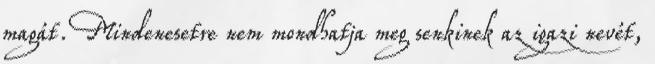
magát. Mindenesetre nem mondhatja meg senkinek az igazi nevét,